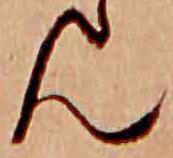
ん